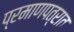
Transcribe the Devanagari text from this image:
प्रमाणपत्रात